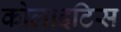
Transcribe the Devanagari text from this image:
कोलाइटिस